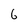
Character: 6